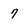
Character: 7